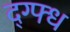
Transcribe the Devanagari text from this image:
द्ग्फ्ध